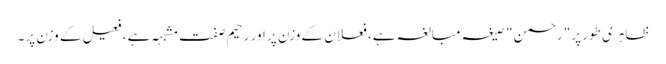
ظاہری طور پر "رحمن" صیغہ مبالغہ ہے، فعلان کے وزن پر اور رحیم صفت مشبہہ ہے، فعیل کے وزن پر۔